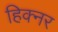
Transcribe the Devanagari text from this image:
हिक्नर